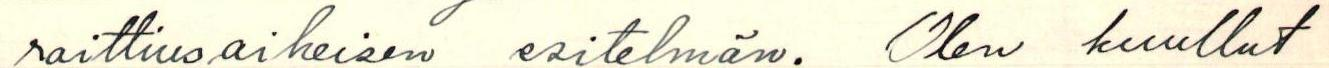
raittiusaiheisen esitelmän. Olen kuullut